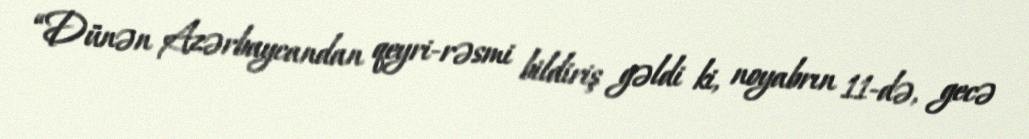
“Dünən Azərbaycandan qeyri-rəsmi bildiriş gəldi ki, noyabrın 11-də, gecə